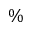
\%